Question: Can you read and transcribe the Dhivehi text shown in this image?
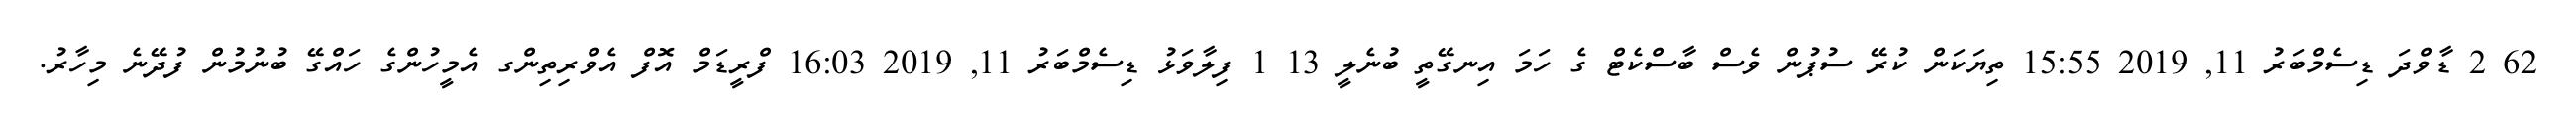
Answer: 62 2 ޑާވްދަ ޑިސެމްބަރު 11, 2019 15:55 ތިޔަކަން ކުރޭ ސުޕުން ވެސް ބާސްކެޓް ގެ ހަމަ އިނގޭތީ ބުނެލީ 13 1 ފިލާވަޅު ޑިސެމްބަރު 11, 2019 16:03 ފްރީޑަމް އޮފް އެވްރިތިންގ އެމީހުންގެ ހައްގޭ ބުނުމުން ފުދޭނެ މިހާރު.